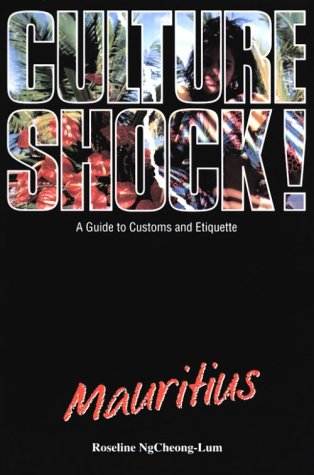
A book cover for Culture Shock! Mauritius (Culture Shock! A Survival Guide to Customs & Etiquette); Roseline Lum; Travel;